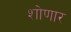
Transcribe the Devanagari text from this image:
शोणार